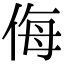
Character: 侮